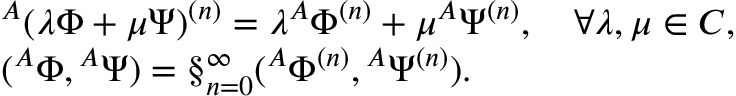
\begin{array} { l } { { { } ^ { A } ( \lambda \Phi + \mu \Psi ) ^ { ( n ) } = \lambda { } ^ { A } \Phi ^ { ( n ) } + \mu { } ^ { A } \Psi ^ { ( n ) } , \quad \forall \lambda , \mu \in C , } } \\ { { ( { } ^ { A } \Phi , { } ^ { A } \Psi ) = \S _ { n = 0 } ^ { \infty } ( { } ^ { A } \Phi ^ { ( n ) } , { } ^ { A } \Psi ^ { ( n ) } ) . } } \end{array}